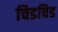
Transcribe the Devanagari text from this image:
चिडचिड